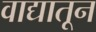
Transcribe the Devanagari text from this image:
वाद्यातून